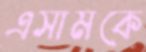
এসামকে